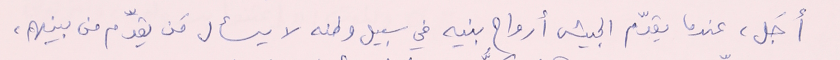
أجَل، عندما يقدّم الجيش أرواح بنيه في سبيل وطنه لا يسأل مَن يقدّم من بينهم،